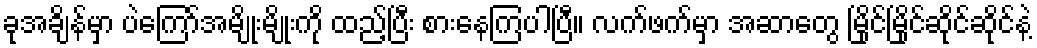
ခုအချိန်မှာ ပဲကြော်အမျိုးမျိုးကို ထည့်ပြီး စားနေကြပါပြီ။ လက်ဖက်မှာ အဆာတွေ မြိုင်မြိုင်ဆိုင်ဆိုင်နဲ့